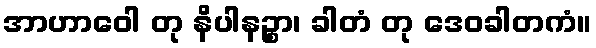
အာဟာဝေါ တု နိပါနဉ္စာ၊ ခါတံ တု ဒေဝခါတကံ။